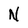
Character: N